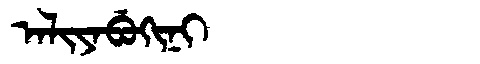
Manchu: ᠠᠯᡳᠶᠠᠪᡠᡴᡳᠨᡳ
Romanization: ALIYABUKINI